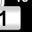
Digit: 1